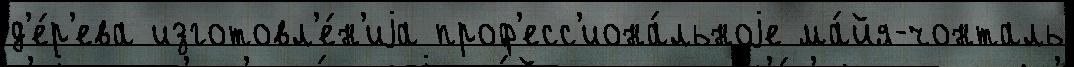
д'е́р'ева изготовл'е́н'иjа проф'есс'иона́льноjе ма́йя-чонталь